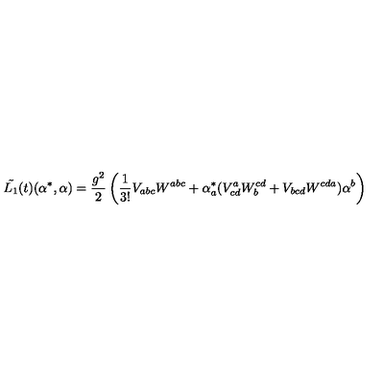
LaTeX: \tilde { L _ { 1 } } ( t ) ( \alpha ^ { * } , \alpha ) = \frac { g ^ { 2 } } { 2 } \left( \frac { 1 } { 3 ! } V _ { a b c } W ^ { a b c } + \alpha _ { a } ^ { * } ( V _ { c d } ^ { a } W _ { b } ^ { c d } + V _ { b c d } W ^ { c d a } ) \alpha ^ { b } \right)